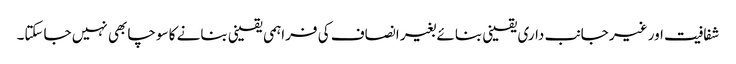
شفافیت اور غیر جانب داری یقینی بنائے بغیر انصاف کی فراہمی یقینی بنانے کا سوچا بھی نہیں جاسکتا۔